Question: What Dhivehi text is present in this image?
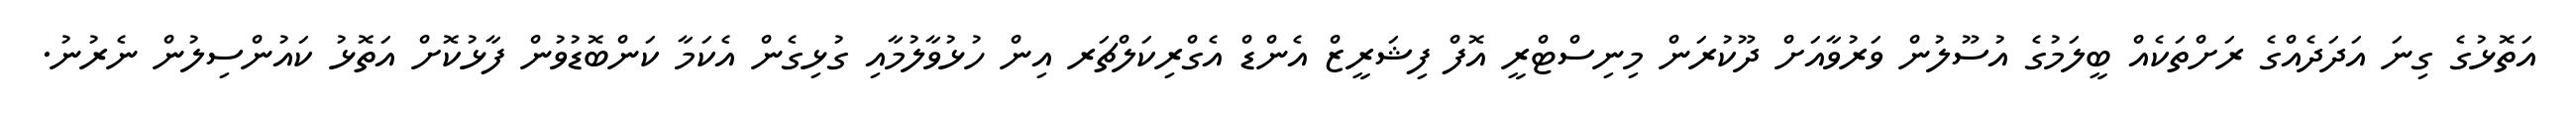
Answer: އަތޮޅުގެ ގިނަ އަދަދެއްގެ ރަށްތަކެއް ބީލަމުގެ އުސޫލުން ވަރުވާއަށް ދޫކުރަން މިނިސްޓްރީ އޮފް ފިޝަރީޒް އެންޑް އެގްރިކަލްޗަރ އިން ހުޅުވާލުމާއި ގުޅިގެން އެކަމާ ކަންބޮޑުވުން ފާޅުކޮށް އަތޮޅު ކައުންސިލުން ނެރުނު.